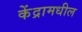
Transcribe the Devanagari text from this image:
केंद्रामधील